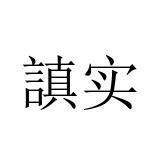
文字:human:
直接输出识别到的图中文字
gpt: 謓实